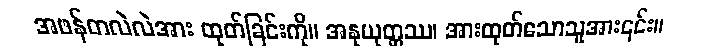
အဖန်တလဲလဲအား ထုတ်ခြင်းကို။ အနုယုတ္တဿ၊ အားထုတ်သောသူအား၎င်း။